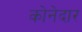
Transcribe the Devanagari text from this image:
कोनेदार